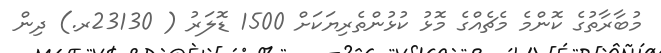
މުބާރާތުގެ ކޮންމެ މެޗެއްގެ މޮޅު ކުޅުންތެރިޔަކަށް 1500 ޑޮލަރު ( 23130ރ.) ދިން